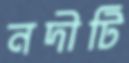
নদীটি